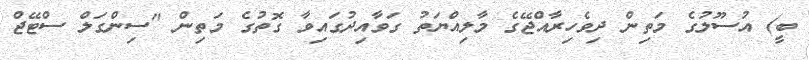
ބީ) އުސޫލުގެ މަތިން ދިވެހިރާއްޖޭގެ މާލިއްޔަތު ގަވާއިދުގައިވާ ގޮތުގެ މަތިން "ސިންގަލް ސްޓޭޖް